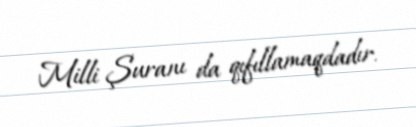
Milli Şuranı da qıfıllamaqdadır.